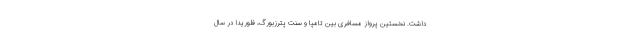
داشت. نخستین پرواز مسافری بین تامپا و سنت پترزبورگ، فلوریدا در سال